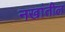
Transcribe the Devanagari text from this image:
नखांतील